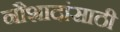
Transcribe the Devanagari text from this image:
नौशादांसाठी